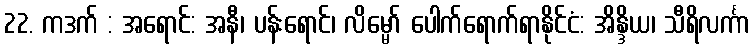
22. ကဒက် : အရောင်: အနီ၊ ပန်းရောင်၊ လိမ္မော် ပေါက်ရောက်ရာနိုင်ငံ: အိန္ဒိယ၊ သီရိလင်္ကာ